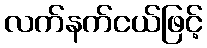
လက်နက်ငယ်ဖြင့်